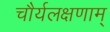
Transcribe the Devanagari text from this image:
चौर्यलक्षणाम्